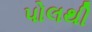
પોલથી